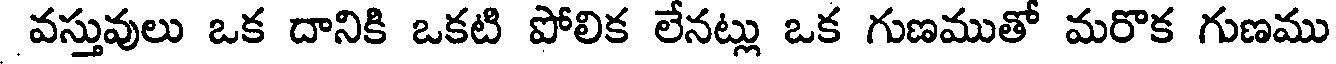
వస్తువులు ఒక దానికి ఒకటి పోలిక లేనట్లు ఒక గుణముతో మరొక గుణము